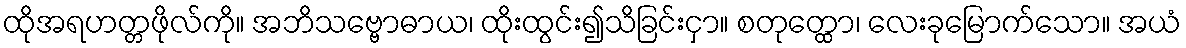
ထိုအရဟတ္တဖိုလ်ကို။ အဘိသဗ္ဗောဓာယ၊ ထိုးထွင်း၍သိခြင်းငှာ။ စတုတ္ထော၊ လေးခုမြောက်သော။ အယံ